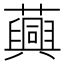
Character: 䕟